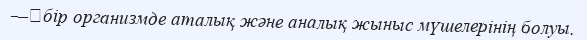
—	бір организмде аталық және аналық жыныс мүшелерінің болуы.